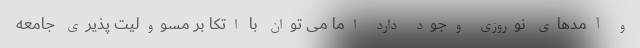
و آمدهای نوروزی وجود دارد اما می توان با اتکا بر مسوولیت پذیری جامعه